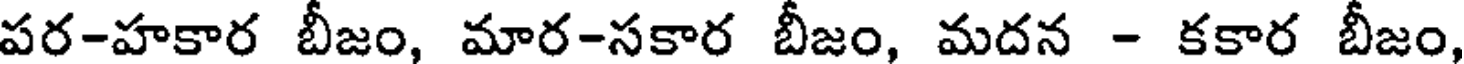
పర-హకార బీజం, మార-సకార బీజం, మదన - కకార బీజం,